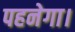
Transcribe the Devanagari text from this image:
पहनेगा।